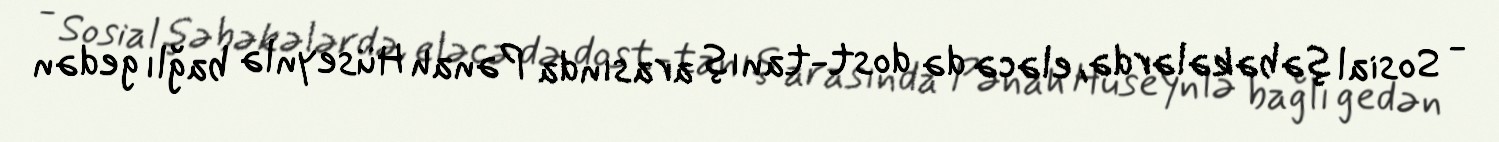
- Sosial şəbəkələrdə, eləcə də dost-tanış arasında Pənah Hüseynlə bağlı gedən